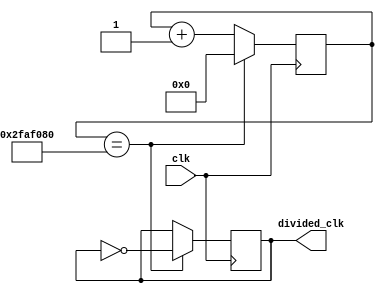
`timescale 1ns / 1ps

module divider
#(parameter COUNT = 32'h2FAF080)
(
	input clk,
    output divided_clk
    );

reg [31:0] count;
reg div_temp;

always @(posedge clk) begin

    count <= count + 1;
	if(count == COUNT)
	begin
	   count <= 0;
	   div_temp <= ~div_temp;
	end
	
end 

assign divided_clk = div_temp;

endmodule